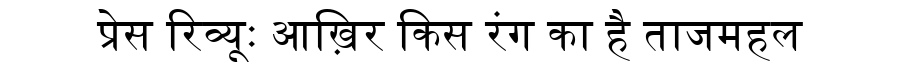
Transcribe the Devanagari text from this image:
प्रेस रिव्यूः आख़िर किस रंग का है ताजमहल